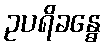
ဥပရိခန္ဓေ